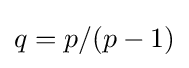
{\textstyle q=p/(p-1)}